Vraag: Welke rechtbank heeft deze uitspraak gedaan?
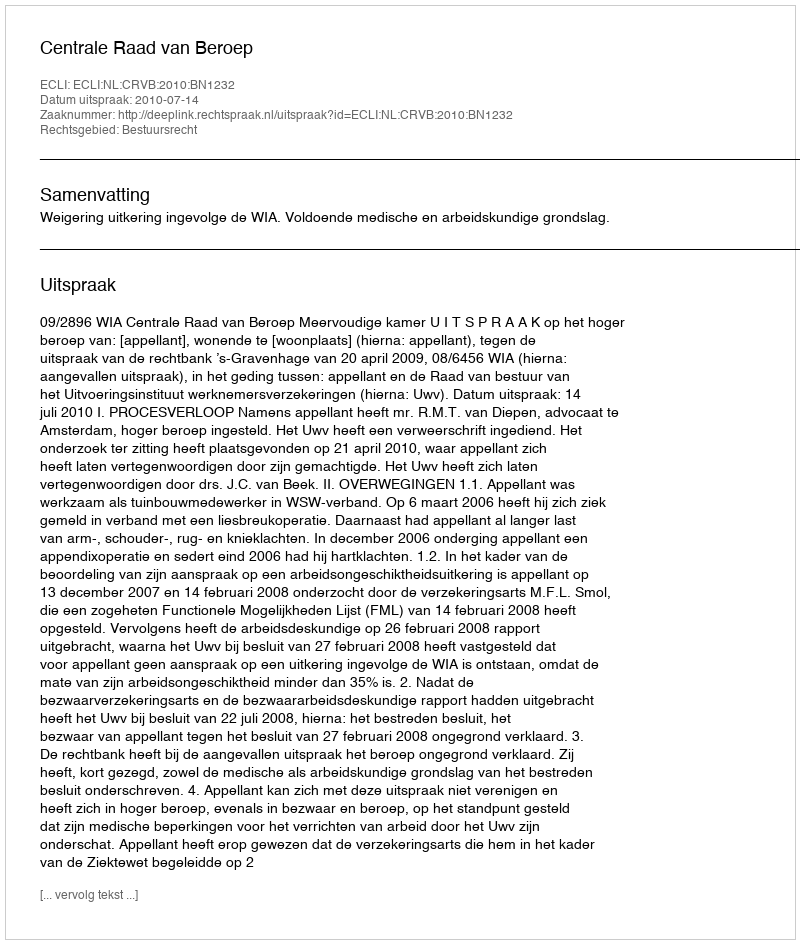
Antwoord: Centrale Raad van Beroep